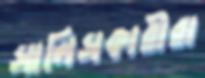
সালিসকারীরা